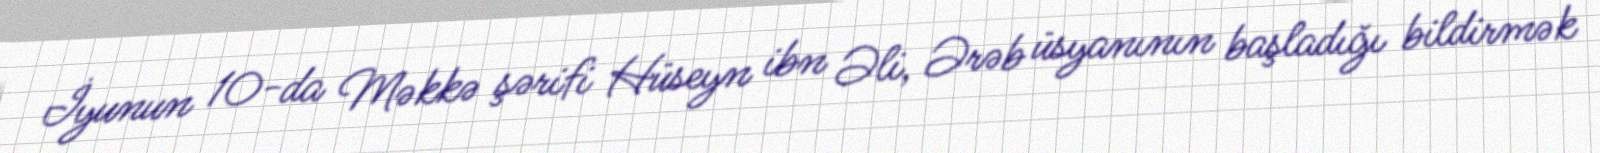
İyunun 10-da Məkkə şərifi Hüseyn ibn Əli, Ərəb üsyanının başladığı bildirmək